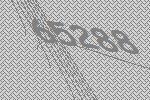
65288